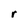
Character: r